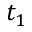
t _ { 1 }